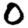
Digit: 0